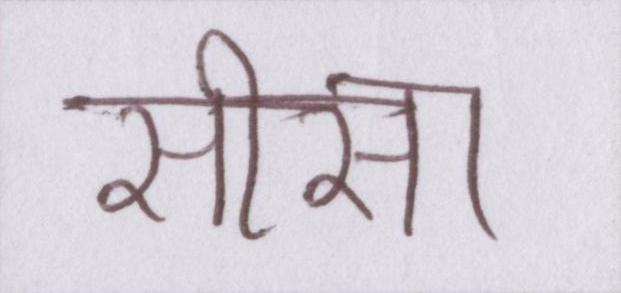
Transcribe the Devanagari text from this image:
सीसा